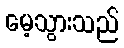
မေ့သွားသည်